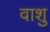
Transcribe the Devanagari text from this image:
वाशु